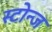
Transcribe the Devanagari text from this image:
स्टोन्ज